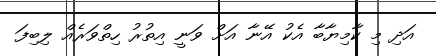
އަދި މި ކާމިޔާބާ އެކު އޭނާ އަށް ވަނީ އިތުރު ހިތްވަރެއް ލިބިފަ